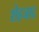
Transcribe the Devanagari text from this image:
शेहजाद